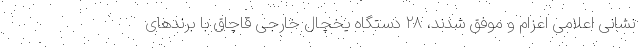
نشانی اعلامی اعزام و موفق شدند، ۲۸ دستگاه یخچال خارجی قاچاق با برندهای